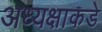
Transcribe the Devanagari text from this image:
अध्यक्षाकडे